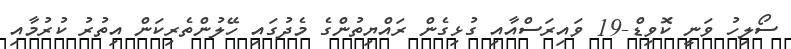
ސޯލިހު ވަނީ ކޮވިޑް-19 ވައިރަސްއާއި ގުޅިގެން ރައްޔިތުންގެ މެދުގައި ހޭލުންތެރިކަން އިތުރު ކުރުމާއި